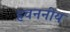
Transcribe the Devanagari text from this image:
हवननीय